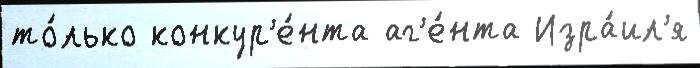
то́лько конкур'е́нта аг'е́нта Изра́ил'я